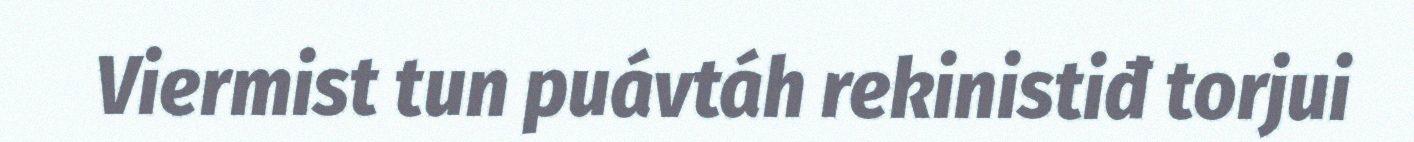
Viermist tun puávtáh rekinistiđ torjui